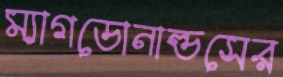
ম্যাগডোনাল্ডসের